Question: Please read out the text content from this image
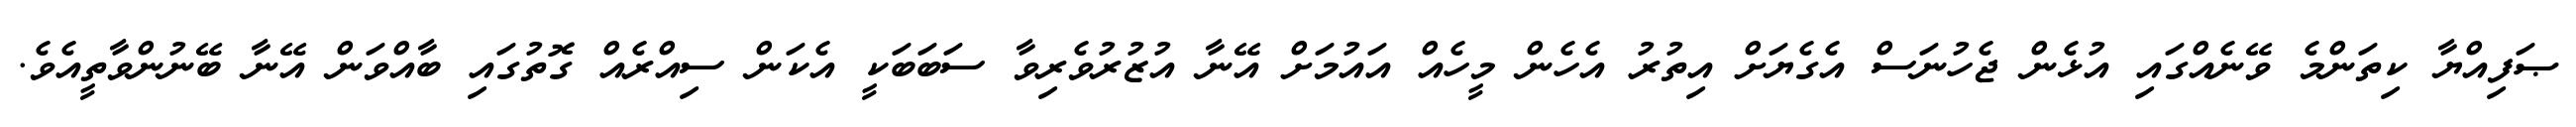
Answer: ޞަފިއްޔާ ކިތަންމެ ވޭނެއްގައި އުޅެން ޖެހުނަސް އެގެޔަށް އިތުރު އެހެން މީހެއް އައުމަށް އޭނާ އުޒުރުވެރިވާ ސަބަބަކީ އެކަން ސިއްރެއް ގޮތުގައި ބާއްވަން އޭނާ ބޭނުންވާތީއެވެ.